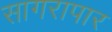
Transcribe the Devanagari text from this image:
सागरापार